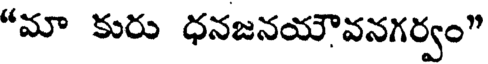
"మా కురు ధనజనయౌవనగర్వం"